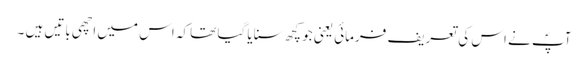
آپؐ نے اس کی تعریف فرمائی یعنی جو کچھ سنایا گیا تھا کہ اس میں اچھی باتیں ہیں ۔